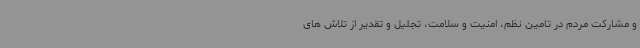
و مشارکت مردم در تامین نظم، امنیت و سلامت، تجلیل و تقدیر از تلاش های